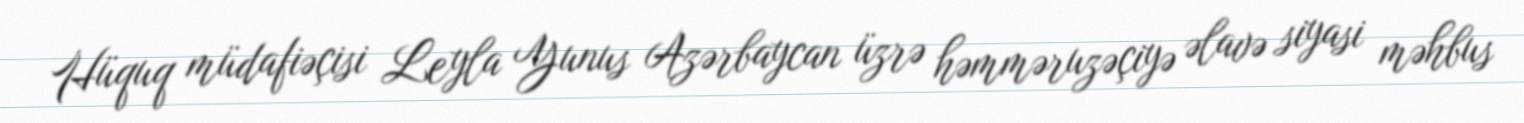
Hüquq müdafiəçisi Leyla Yunus Azərbaycan üzrə həmməruzəçiyə əlavə siyasi məhbus